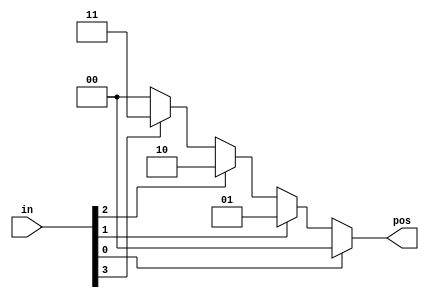
// This program was cloned from: https://github.com/viduraakalanka/HDL-Bits-Solutions
// License: The Unlicense

module top_module (
    input [3:0] in,
    output reg [1:0] pos  );
    always @(*) begin
        if (in[0]==1'b1)
            pos = 0;
        else if (in[1]==1'b1)
            pos = 1;
        else if (in[2]==1'b1)
            pos = 2;
        else if (in[3]==1'b1)
            pos = 3;
        else
            pos = 0;
    end
endmodule